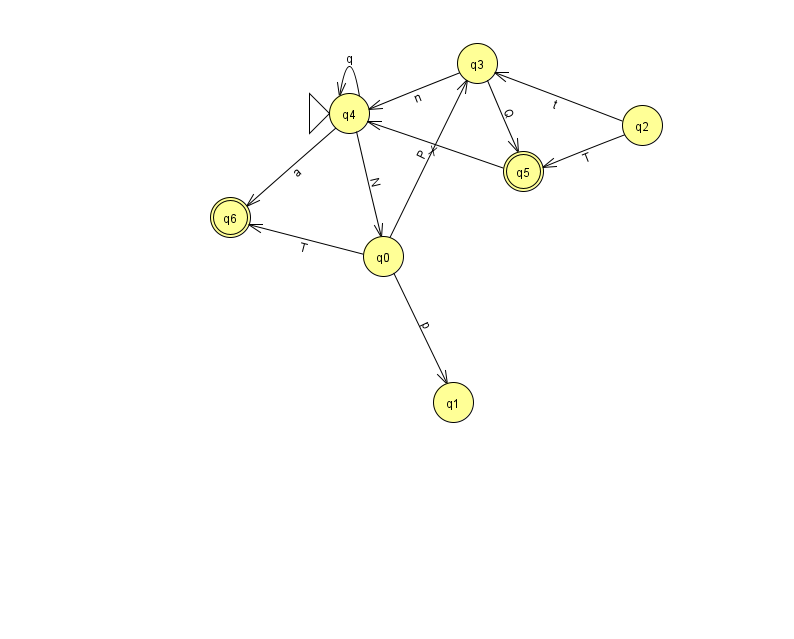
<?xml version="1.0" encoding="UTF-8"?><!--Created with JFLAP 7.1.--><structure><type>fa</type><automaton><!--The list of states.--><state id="0" name="q0"><x>383.0</x><y>243.0</y></state><state id="1" name="q1"><x>453.0</x><y>389.0</y></state><state id="2" name="q2"><x>642.0</x><y>112.0</y></state><state id="3" name="q3"><x>477.0</x><y>50.0</y></state><state id="4" name="q4"><x>349.0</x><y>100.0</y><initial/></state><state id="5" name="q5"><x>523.0</x><y>158.0</y><final/></state><state id="6" name="q6"><x>230.0</x><y>204.0</y><final/></state><!--The list of transitions.--><transition><from>4</from><to>6</to><read>a</read></transition><transition><from>4</from><to>4</to><read>q</read></transition><transition><from>0</from><to>6</to><read>T</read></transition><transition><from>2</from><to>5</to><read>T</read></transition><transition><from>0</from><to>3</to><read>P</read></transition><transition><from>3</from><to>5</to><read>Q</read></transition><transition><from>2</from><to>3</to><read>t</read></transition><transition><from>0</from><to>1</to><read>p</read></transition><transition><from>4</from><to>0</to><read>N</read></transition><transition><from>3</from><to>4</to><read>n</read></transition><transition><from>5</from><to>4</to><read>X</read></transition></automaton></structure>